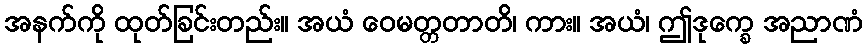
အနက်ကို ထုတ်ခြင်းတည်း။ အယံ ဝေမတ္တတာတိ၊ ကား။ အယံ၊ ဤဒုက္ခေ အညာဏံ